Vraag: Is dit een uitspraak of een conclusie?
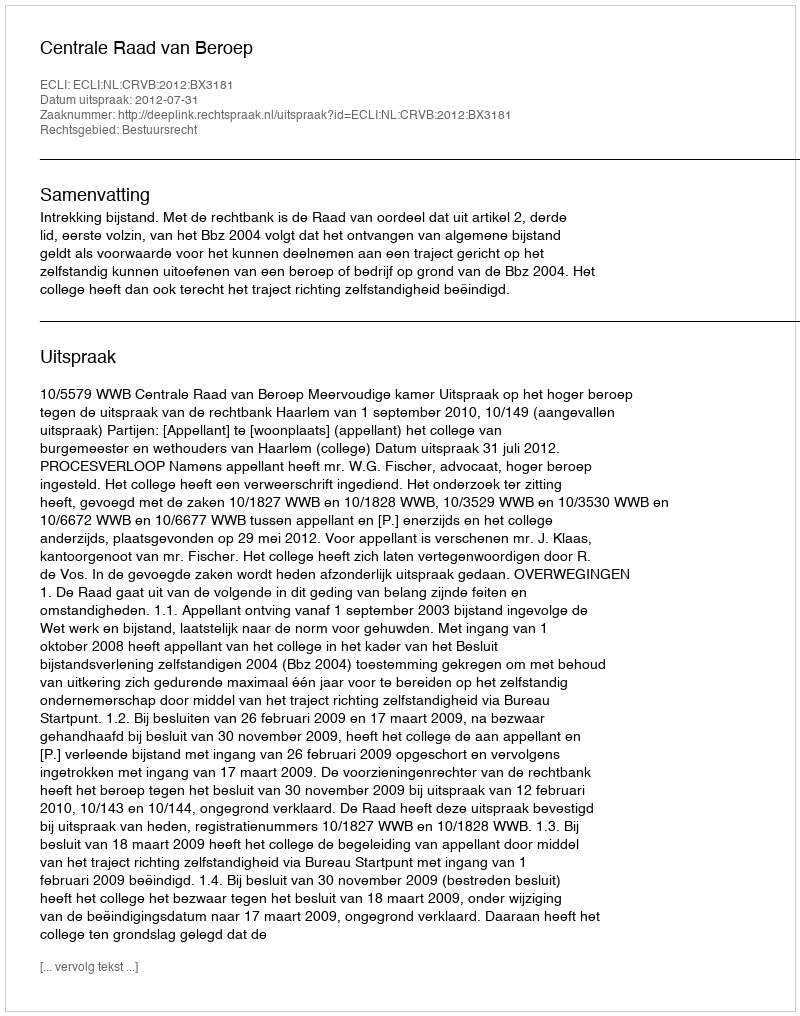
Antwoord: Uitspraak